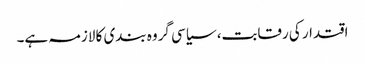
اقتدار کی رقابت، سیاسی گروہ بندی کا لازمہ ہے۔